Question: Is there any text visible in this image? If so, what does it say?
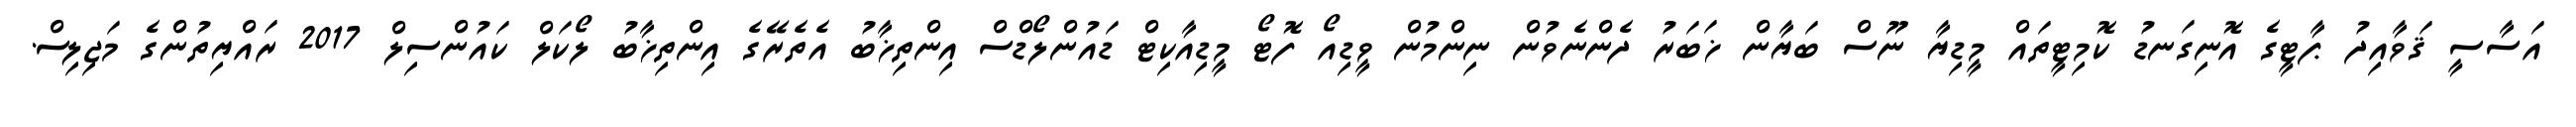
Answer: އަސާސީ ޤަވާއިދު ޕާޓީގެ އޮނިގަނޑު ކޮމިޓީތައް މީޑިޔާ ނޫސް ބަޔާން ޚަބަރު ދެންނެވުން ނިންމުން ވީޑިއޯ ފޮޓޯ މީޑިއާކިޓް ޑައުންލޯޑްސް އިންތިޚާބު އެތެރޭގެ އިންތިޚާބު ލޯކަލް ކައުންސިލް 2017 ރައްޔިތުންގެ މަޖިލިސް.